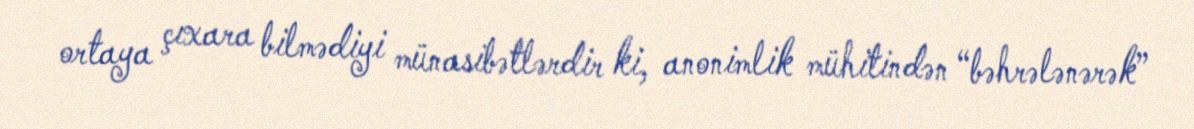
ortaya çıxara bilmədiyi münasibətlərdir ki, anonimlik mühitindən “bəhrələnərək”